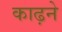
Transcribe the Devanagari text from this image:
काढ़ने